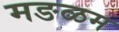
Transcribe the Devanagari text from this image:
मङळम